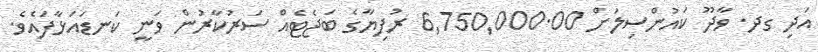
އަދި ގދ. ވާދޫ ކައުންސިލަށް 6